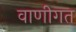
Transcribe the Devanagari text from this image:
वाणीगत